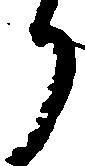
り